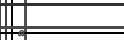
٩